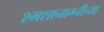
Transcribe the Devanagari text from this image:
श्मशानाग्नीच्या